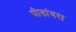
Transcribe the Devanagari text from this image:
पीतांबरा